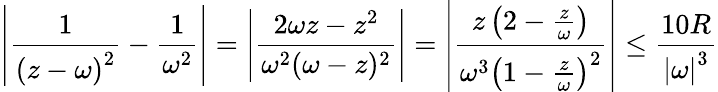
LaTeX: \left|{\frac{1}{\left(z-\omega\right)^{2}}}-{\frac{1}{\omega^{2}}}\right|=\left|{\frac{2\omega z-z^{2}}{\omega^{2}(\omega-z)^{2}}}\right|=\left|{\frac{z\left(2-{\frac{z}{\omega}}\right)}{\omega^{3}\left(1-{\frac{z}{\omega}}\right)^{2}}}\right|\leq{\frac{10R}{\left|\omega\right|^{3}}}